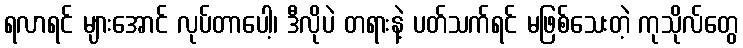
ရလာရင် များအောင် လုပ်တာပေါ့၊ ဒီလိုပဲ တရားနဲ့ ပတ်သက်ရင် မဖြစ်သေးတဲ့ ကုသိုလ်တွေ